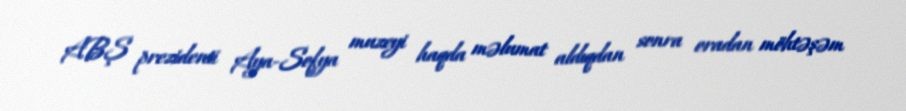
ABŞ prezidenti Aya-Sofya muzeyi haqda məlumat aldıqdan sonra oradan möhtəşəm